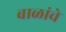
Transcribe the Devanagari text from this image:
बाळांचे